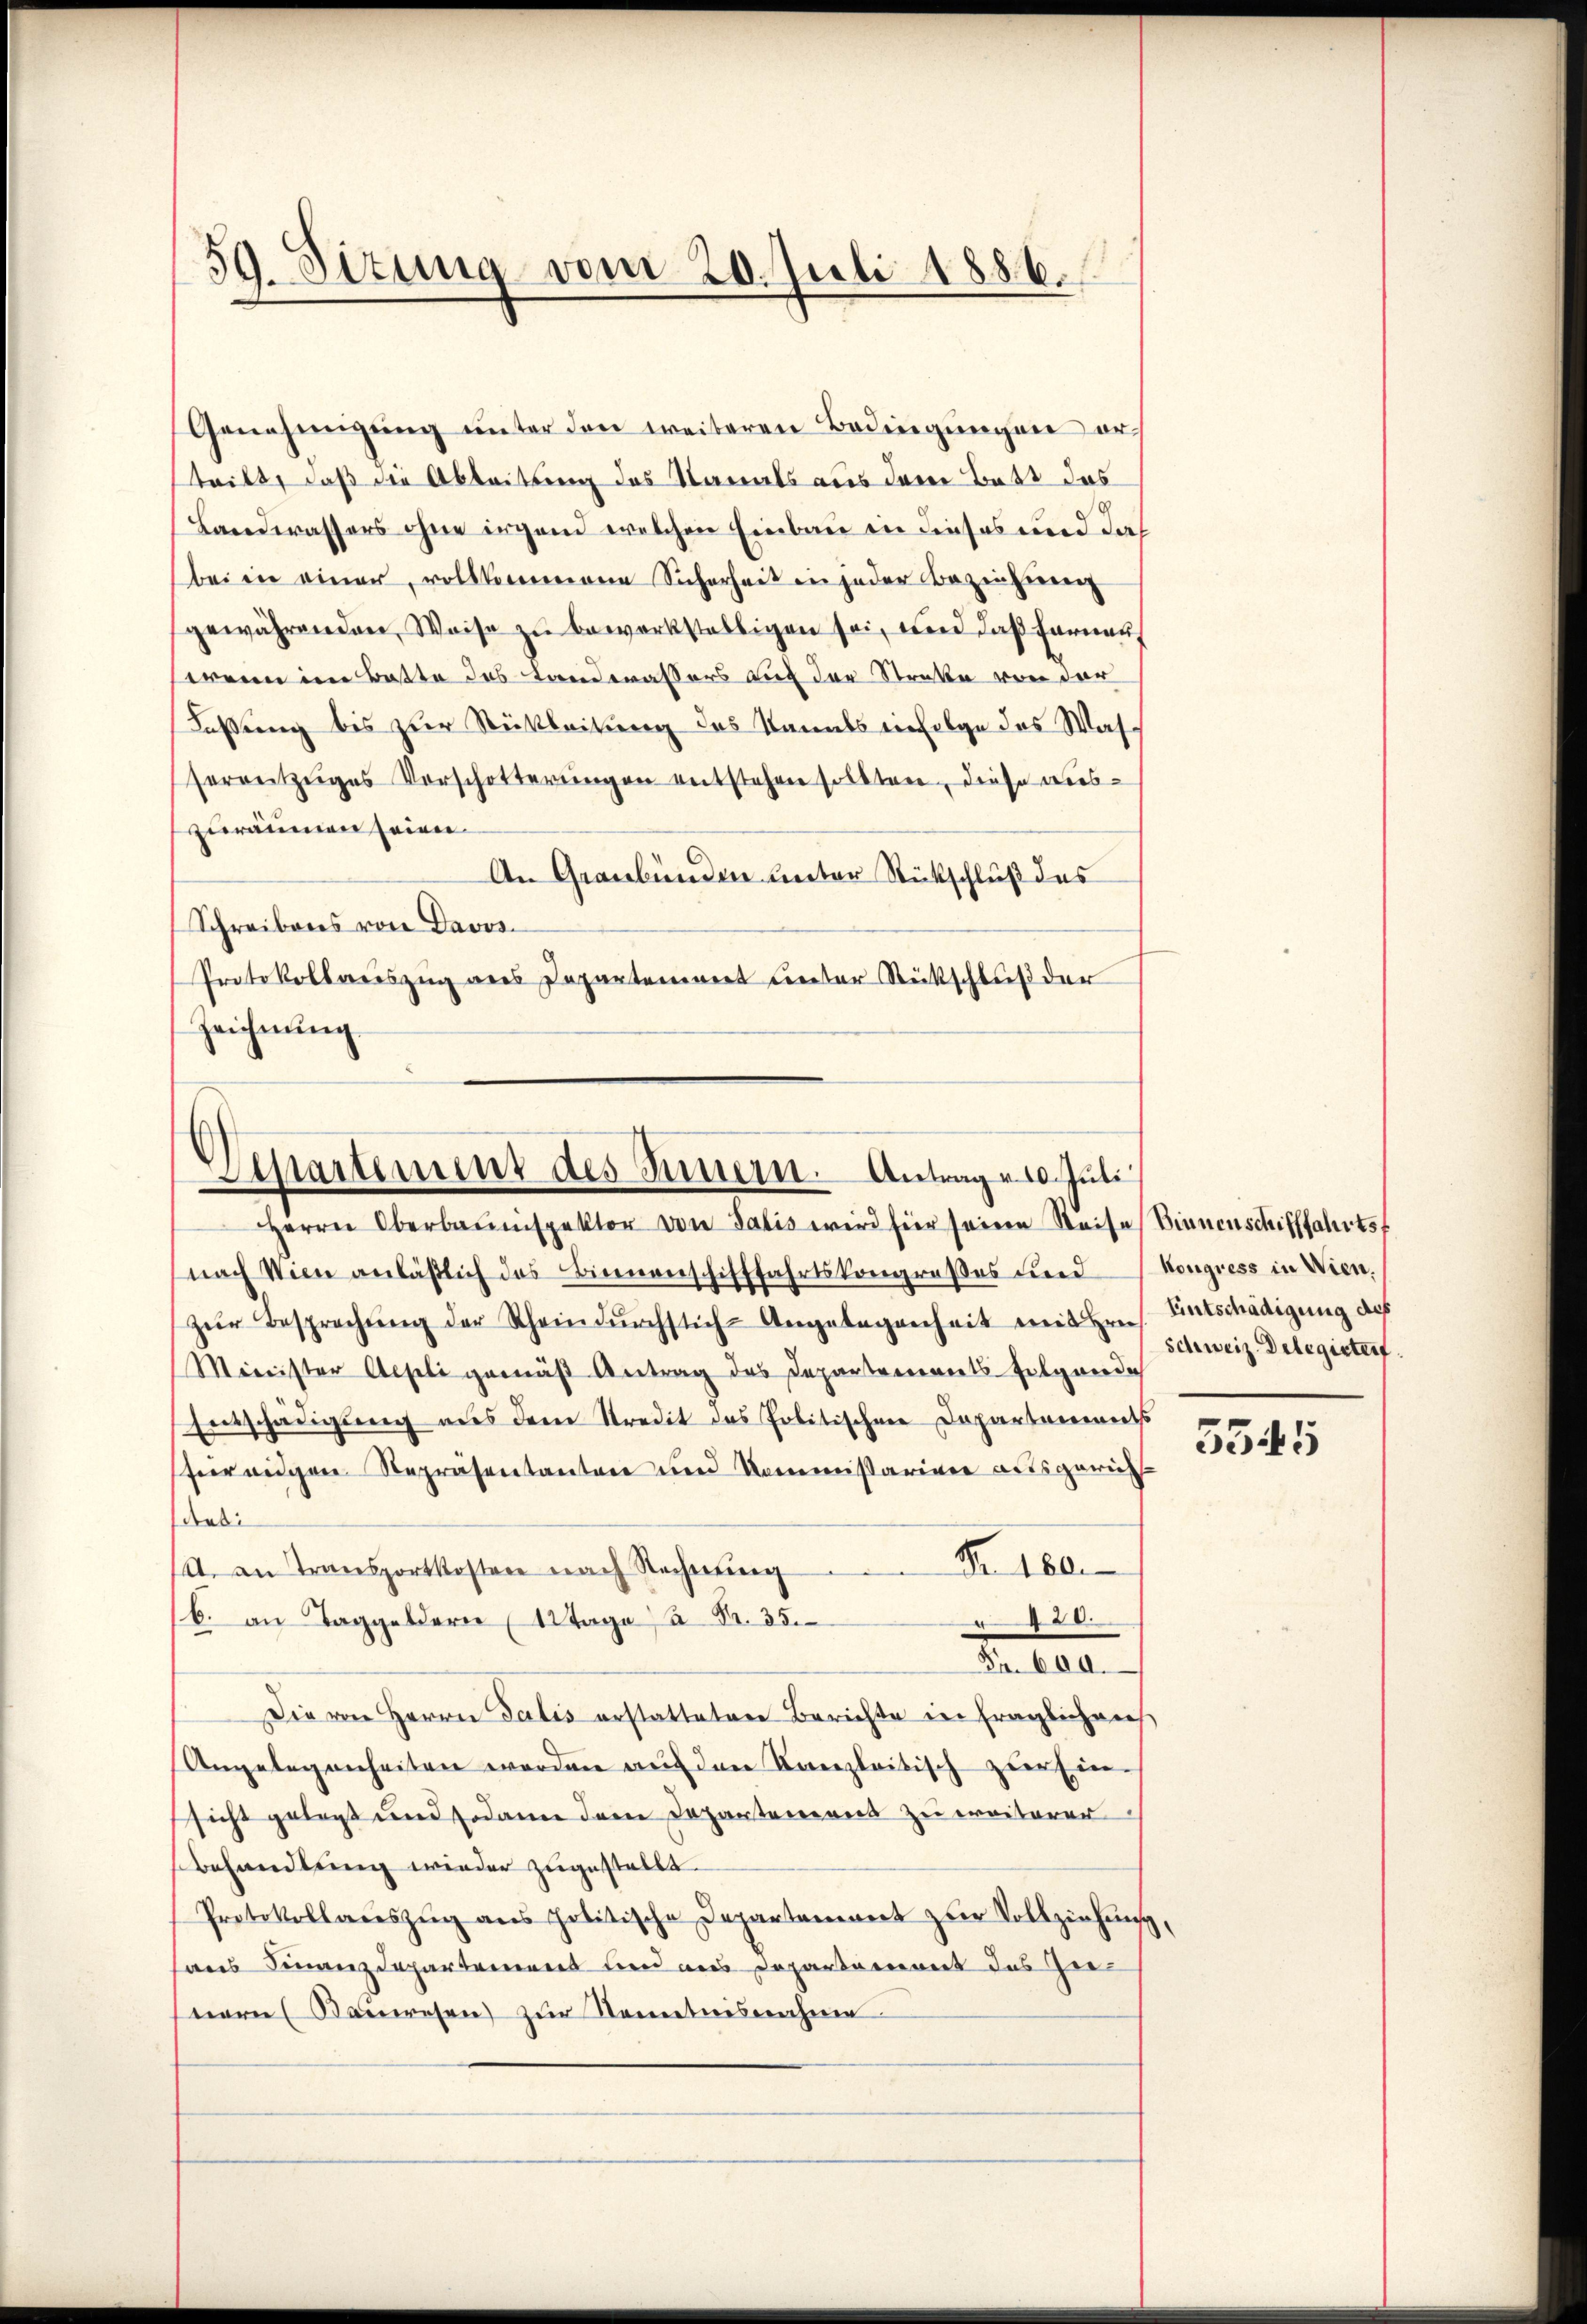
59. Situng vom 20. Juli 1886.

Genehmigŭng ŭnter den weiteren Bedingŭngen er-
teilt, daß die Ableitung des Namals aus dem Bett das
Landwassers ohne irgend welchen Einbau in dieses und das
bei in einer vollkommenen Sicherheit in jeder Bezeichienen
gewährenden Weise zŭ bewerkstelligen sei, und daß Farnen,
wenn im Batte des Landwassers auf der Straße von der
Faßung bis zur Rückleitung des Kanals einfolge des Washerenzeiges Vorschotterŭngen entstehen sollten, diese aus-
zuräumen seien.
An Graubünden unter Rückschluß des
Schreibens von Davos.
Protokollauszug aus Departement unter Rückschluß der
Zeichnŭng.

Departenung des Innern. Antrage 10. Juli

Herrn Oberbaŭnspektor von Salis wird für seine Reise Sinnenschifffahrtsf
nach Wien anläβlich das Binnenschifffahrtskongrußes der Kongress in Wien.
zŭr Besprechŭng der Rhein dŭrchstich-Angelegenheit mit Hrn. Entschädigung des
Minister Aegeli gemäß Antrag des Departementsfolgende
Entschädigung aus dem Stredit des Politischen Departements
fiir eigen Repräsentanten und Kommissariane ausgerichdes:
Nr. 180.
A. an Transportkosten nach Rechnŭng
88
b. an Taggeldern (12 Tage à Fr. 35.
De lan
Die von Herrn Talis erstatteter Berichte in fraglicheres
Angelegenheiten werden auf den Kanzleitisch zur Ein-
sicht gelegt und sodann dem Departement zu ereiterer
behandlung wieder zugestellt.
Protokollauszug aus politische Departement zur Vollziehung,
sans Finanzdepartemens und aus Departement des Zunern (Bauwesen zur Kenntnisnahme

schweiz. Delegister.

5545